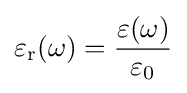
\varepsilon _{\text{r}}(\omega )={\frac {\varepsilon (\omega )}{\varepsilon _{0}}}